Indian journal of veterinary science and animal husbandry - Volume 13,
Year: 1943
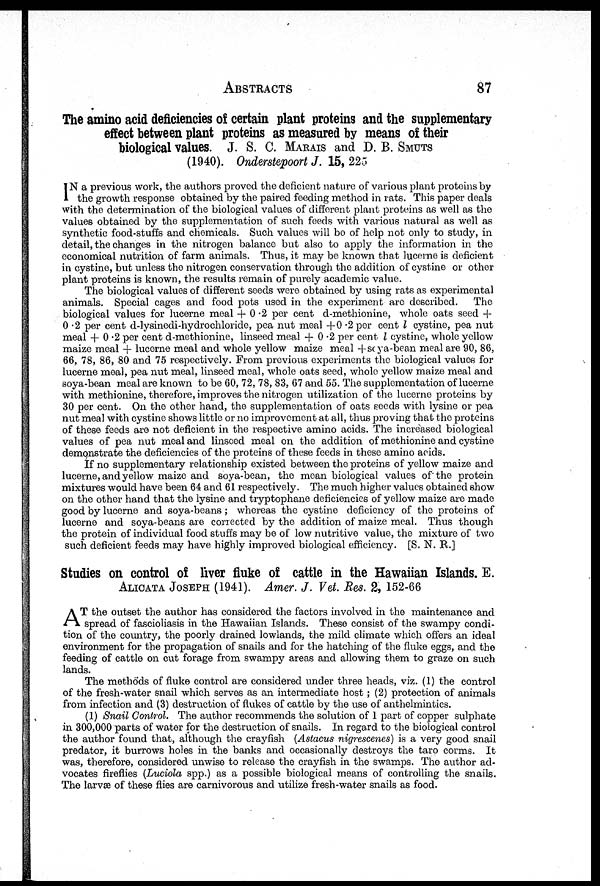
ABSTRACTS
87
The amino acid deficiencies of certain plant proteins and the supplementary
effect between plant proteins as measured by means of their
biological values. J. S. C. MARAIS and D. B. SMUTS
(1940). Onderstepoort J. 15, 225
I N a previous work, the authors proved the deficient nature of various plant proteins by
the growth response obtained by the paired feeding method in rats. This paper deals
with the determination of the biological values of different plant proteins as well as the
values obtained by the supplementation of such feeds with various natural as well as
synthetic food-stuffs and chemicals. Such values will be of help not only to study, in
detail, the changes in the nitrogen balance but also to apply the information in the
economical nutrition of farm animals. Thus, it may be known that lucerne is deficient
in cystine, but unless the nitrogen conservation through the addition of cystine or other
plant proteins is known, the results remain of purely academic value.
The biological values of different seeds were obtained by using rats as experimental
animals. Special cages and food pots used in the experiment are described.
The
biological values for lucerne meal + 0.2 per cent d-methionine, whole oats seed +
0.2 per cent d-lysinedi-hydrochloride, pea nut meal +0.2 per cent l cystine, pea nut
meal + 0.2 per cent d-methionine, linseed meal + 0.2 per cent l cystine, whole yellow
maize meal + lucerne meal and whole yellow maize meal +soya-bean meal are 90, 86,
66, 78, 86, 80 and 75 respectively. From previous experiments the biological values for
lucerne meal, pea nut meal, linseed meal, whole oats seed, whole yellow maize meal and
soya-bean meal are known to be 60, 72, 78, 83, 67 and 55. The supplementation of lucerne
with methionine, therefore, improves the nitrogen utilization of the lucerne proteins by
30 per cent. On the other hand, the supplementation of oats seeds with lysine or pea
nut meal with cystine shows little or no improvement at all, thus proving that the proteins
of these feeds are not deficient in the respective amino acids. The increased biological
values of pea nut meal and linseed meal on the addition of methionine and cystine
demonstrate the deficiencies of the proteins of these feeds in these amino acids.
If no supplementary relationship existed between the proteins of yellow maize and
lucerne, and yellow maize and soya-bean, the mean biological values of the protein
mixtures would have been 64 and 61 respectively. The much higher values obtained show
on the other hand that the lysine and tryptophane deficiencies of yellow maize are made
good by lucerne and soya-beans; whereas the cystine deficiency of the proteins of
lucerne and soya-beans are corrected by the addition of maize meal. Thus though
the protein of individual food stuffs may be of low nutritive value, the mixture of two
such deficient feeds may have highly improved biological efficiency. [S. N. R.]
Studies on control of liver fluke of cattle in the Hawaiian Islands. E.
ALICATA JOSEPH (1941). Amer. J. Vet. Res. 2, 152-66
A T the outset the author has considered the factors involved in the maintenance and
spread of fascioliasis in the Hawaiian Islands. These consist of the swampy condi-
tion of the country, the poorly drained lowlands, the mild climate which offers an ideal
environment for the propagation of snails and for the hatching of the fluke eggs, and the
feeding of cattle on cut forage from swampy areas and allowing them to graze on such
lands.
The methöds of fluke control are considered under three heads, viz. (1) the control
of the fresh-water snail which serves as an intermediate host; (2) protection of animals
from infection and (3) destruction of flukes of cattle by the use of anthelmintics.
(1) Snail Control. The author recommends the solution of 1 part of copper sulphate
in 300,000 parts of water for the destruction of snails. In regard to the biological control
the author found that, although the crayfish (Astacus nigrescenes) is a very good snail
predator, it burrows holes in the banks and occasionally destroys the taro corms. It
was, therefore, considered unwise to release the crayfish in the swamps. The author ad-
vocates fireflies (Luciola spp.) as a possible biological means of controlling the snails.
The larvæ of these flies are carnivorous and utilize fresh-water snails as food.